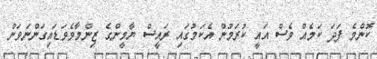
ކޮންމެ ފަދަ ކަމެއް ވެސް އައީ ކުރަމުން އެކަމުގައި ރައީސް ޔާމީންގެ ޒިންމާވެވަޑައިގަންނަވަން